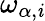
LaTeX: \omega_{\alpha,\mathit{i}}